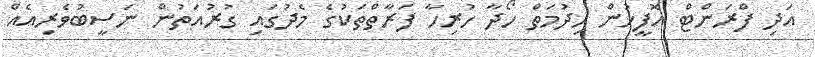
އަދި ފްރަންޓް އޮފީހުން ހިދުމަތް ހޯދާ ހުރިހާ ފަރާތްތަކުގެ މެދުގައި ގުރުއަތުން ނަސީބުވެރިއެއް